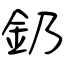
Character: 釢